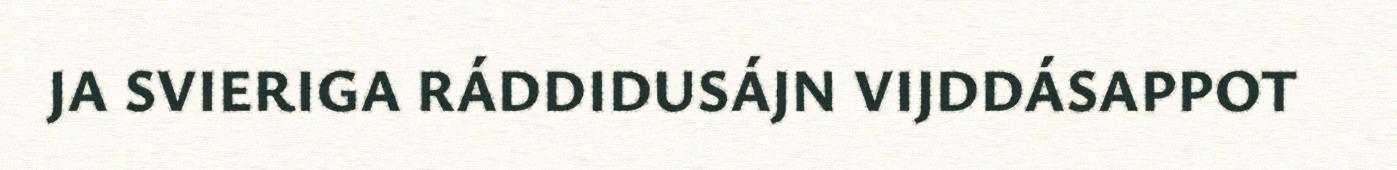
JA SVIERIGA RÁDDIDUSÁJN VIJDDÁSAPPOT